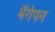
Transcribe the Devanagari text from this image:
भैंगेपन